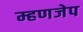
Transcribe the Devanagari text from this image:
म्हणजेप